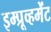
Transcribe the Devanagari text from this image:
इम्प्रूव्हमेंट